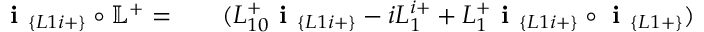
\begin{array} { r l r } { \textbf { i } _ { \{ L 1 i + \} } \circ \mathbb { L } ^ { + } = } & { { } } & { ( L _ { 1 0 } ^ { + } \textbf { i } _ { \{ L 1 i + \} } - i L _ { 1 } ^ { i + } + L _ { 1 } ^ { + } \textbf { i } _ { \{ L 1 i + \} } \circ \textbf { i } _ { \{ L 1 + \} } ) } \end{array}